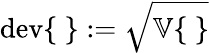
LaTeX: \mathrm{dev}\{ ~\} :=\sqrt{\mathbb{V}\{ ~\} }